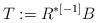
LaTeX: \begin{align*}T:= R^{\ast[-1]}B\end{align*}